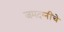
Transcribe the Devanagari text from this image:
जमदग्नींचे